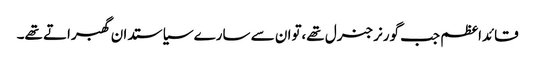
قائداعظم جب گورنرجنرل تھے،توان سے سارے سیاستدان گھبراتے تھے۔